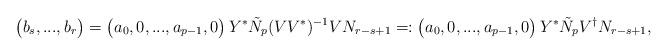
LaTeX: \begin{align*}\begin{pmatrix}b_s, ..., b_r\end{pmatrix}&=\begin{pmatrix}a_0, 0, ..., a_{p-1},0\end{pmatrix}Y^*\tilde{N}_p(VV^*)^{-1}VN_{r-s+1}=:\begin{pmatrix}a_0, 0, ..., a_{p-1},0\end{pmatrix}Y^*\tilde{N}_pV^{\dagger}N_{r-s+1},\end{align*}